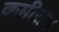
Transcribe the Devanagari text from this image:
कमीसन